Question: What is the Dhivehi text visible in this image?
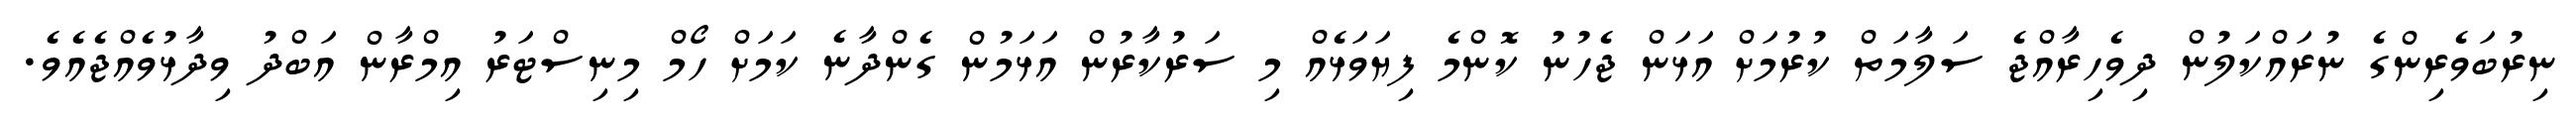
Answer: ނިރުބަވެރިންގެ ނުރައްކަލުން ދިވެހިރާއްޖެ ސަލާމަތް ކުރުމަށް އަޅަން ޖެހުނު ކޮންމެ ފިޔަވަޅެއް މި ސަރުކާރުން އަޅަމުން ގެންދާނެ ކަމަށް ހޯމް މިނިސްޓަރު އިމްރާން އަބްދު ވިދާޅުވެއްޖެއެވެ.